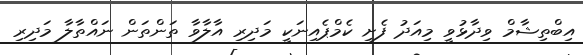
އިބްތިޝާމް ވިދާޅުވީ މިއަދު ފެށި ކެމްޕެއިނަކީ މަދިރި އާލާވާ ތަންތަން ނައްތާލާ މަދިރި